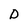
Character: D